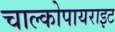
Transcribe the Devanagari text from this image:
चाल्कोपायराइट